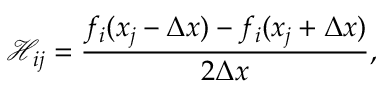
\mathcal { H } _ { i j } = \frac { { f } _ { i } ( x _ { j } - \Delta x ) - { f } _ { i } ( x _ { j } + \Delta x ) } { 2 \Delta x } ,